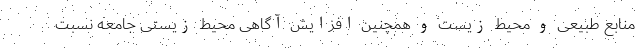
منابع طبیعی و محیط زیست و همچنین افزایش آگاهی محیط زیستی جامعه نسبت